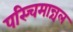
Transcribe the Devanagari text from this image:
पस्चिमान्चल